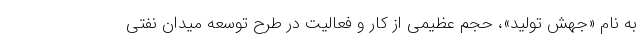
به نام «جهش تولید»، حجم عظیمی از کار و فعالیت در طرح توسعه میدان نفتی